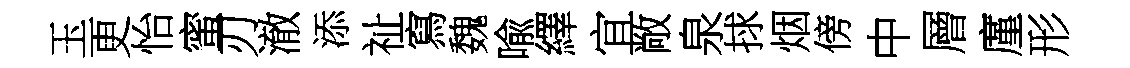
玉更怡蜜刃澈添祉寫魏喩繹宜敞泉捄烟傍中層廑形